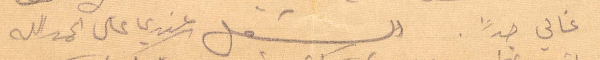
غالي جدًا. الشغل عندي عال الحمدالله